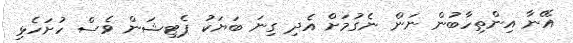
އޭނާ އިންތިހާބުން ނަން ނެގުމަށް އެދި ގިނަ ބަޔަކު ޕެޓިޝަން ވެސް ހުށަހެޅި